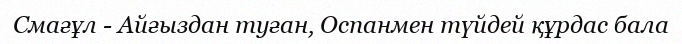
Смағұл - Айғыздан туған, Оспанмен түйдей құрдас бала